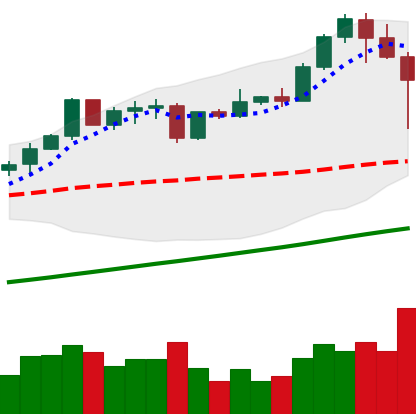
Ticker: ETH-USD
Chart end date: 2021-04-18
Forward return: 5.652%
Label: up_5_7